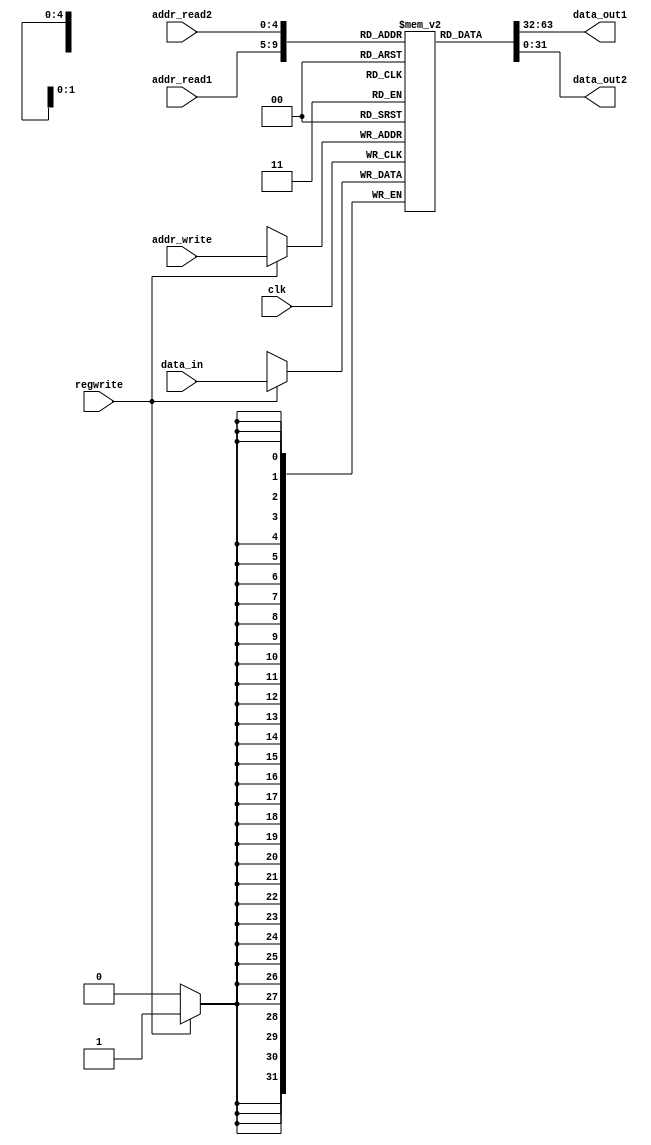
module reg_file_32 (clk, addr_read1, addr_read2, addr_write, data_in, regwrite,
					data_out1, data_out2);
//
input clk;
input [4:0] addr_read1, addr_read2;//alternatively connected to rs1 and rs2

input [4:0] addr_write;//the register selected to write from data_in
input [31:0] data_in;//write back from WB stage

input regwrite;//write=1

output reg [31:0] data_out1, data_out2; //data in register corresponding to rs1 and rs2
/////////////////////////////////////////////////////
reg [31:0] r[31:0]; //32 registers
/////////////////////////////////////////////////////
always @(addr_read1 or addr_read2) 
	begin 
		data_out1 = r[addr_read1];
		data_out2 = r[addr_read2];
	end		
			
always @(negedge clk)
	begin
		if (regwrite)
			r[addr_write]=data_in;
	end		
		
endmodule